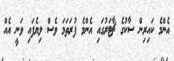
އެންމެ ކައިރިން ސާކުގެ ޗާޓަރުގައި އެންމެ ފުރަތަމަ ވެސް ލިޔެފައި ވަނީ އެއް